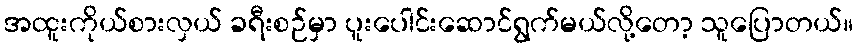
အထူးကိုယ်စားလှယ် ခရီးစဉ်မှာ ပူးပေါင်းဆောင်ရွက်မယ်လို့တော့ သူပြောတယ်။